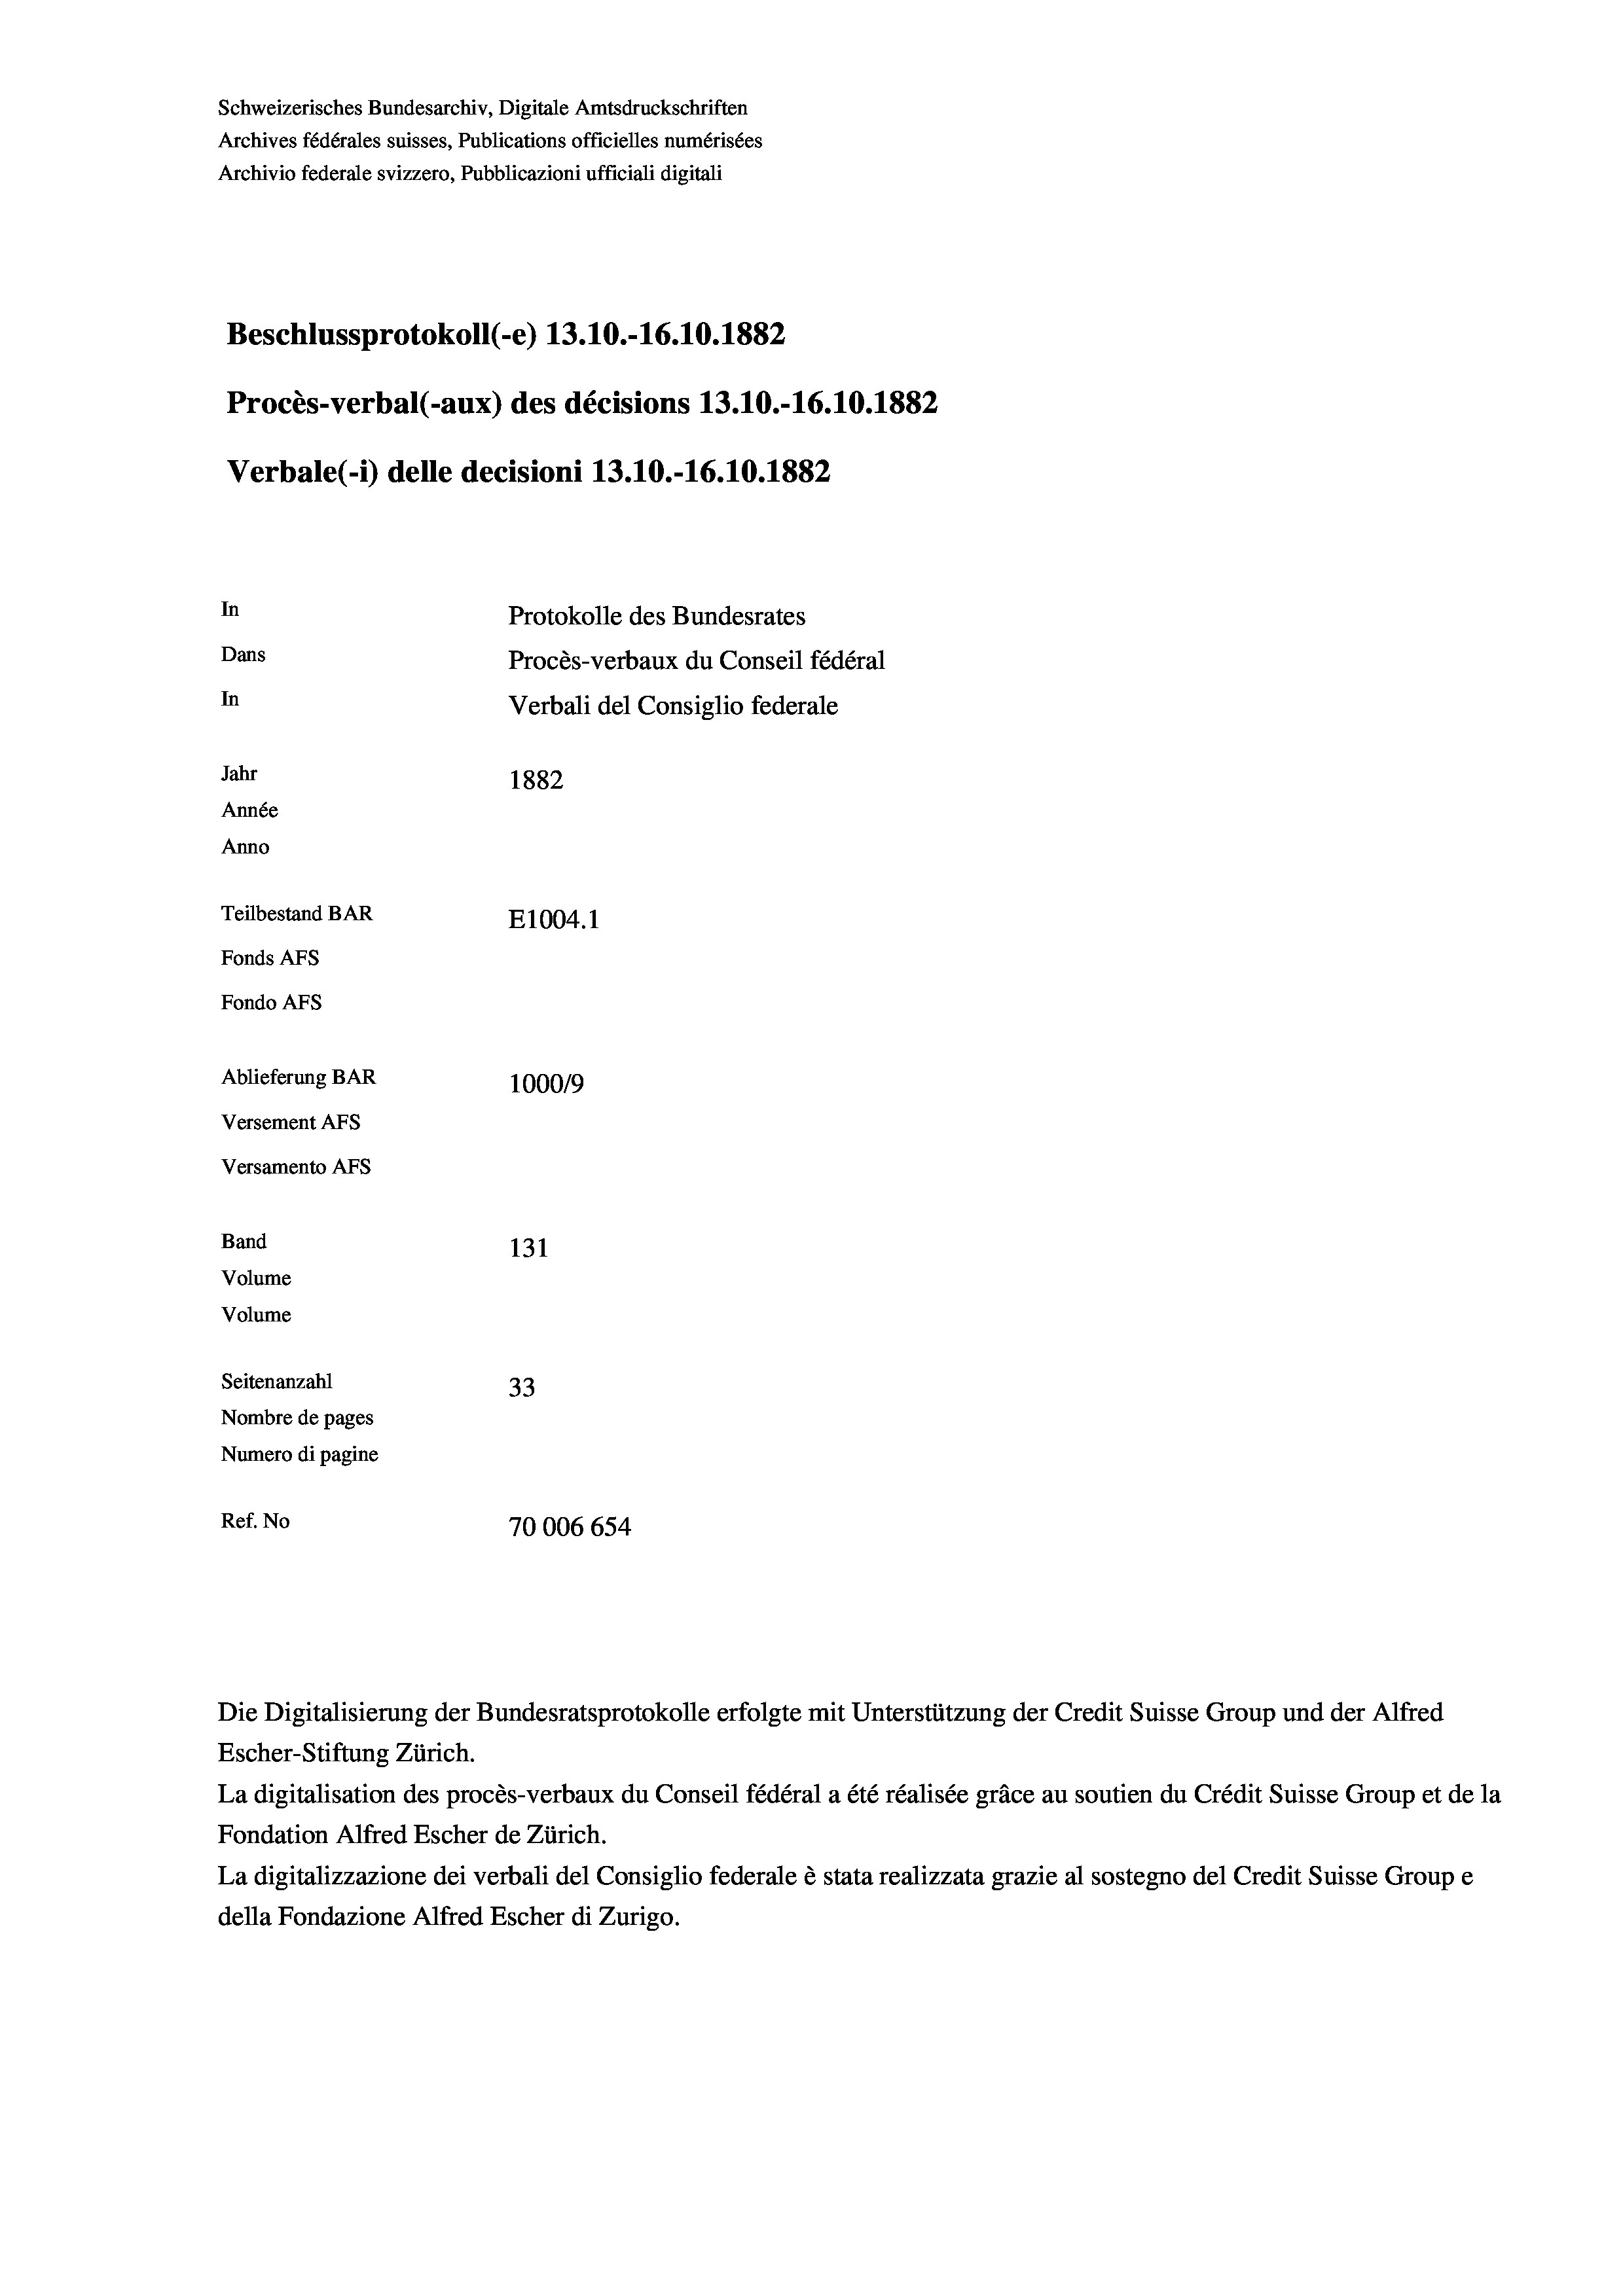
Schweizerisches Bundesarchiv, Digitale Amtsdruckschriften
Archives fédérales suisses, Publications officielles numérisées
Archivio federale svizzero, Pubblicazioni ufficiali digitali
Beschlussprotokoll (-e) 13.10.-16.10.1882
Procès-verbal (-aux) des décisions 13.10.-16.10.1882
Verbale(-*) delle decisioni 13.10.-16.10.1882
In
Protokolle des Bundesrates
Dans
Procès-verbaux du Conseil fédéral
In
Verbali del Consiglio federale
Jahr
1882
Année
Anno
Teilbestand BAR
E1004. 1
Fonds AFs
Fondo AFS
Ablieferung BAR
100019
Versement AFs
Versamento Afs
Band
131
Volume
Volume
Seitenanzahl
33
Nombre de pages
Numero di pagine
Ref. No
70006 654

Die Digitalisierung der Bundesratsprotokolle erfolgte mit Unterstützung der Credit Suisse Group und der Alfred
Escher-Stiftung Zürich.
La digitalisation des procès-verbaux du Conseil fédéral a été réalisée gräce au soutien du Crédit Suisse Group et de la
Fondation Alfred Escher de Zürich.
La digitalizzazione dei verbali del Consiglio federale è stata realizzata grazie al sostegno del Credit Suisse Groupe
della Fondazione Alfred Escher di Zurigo.